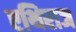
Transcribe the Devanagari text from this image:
एथिराज